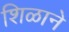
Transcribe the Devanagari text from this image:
शिळाने